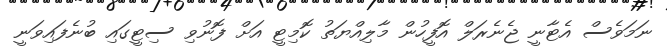
ނަމަވެސް އެޓާނީ ޖެނެރަލް އޮފީހުން މާލިއްޔަތު ކޮމިޓީ އަށް ފޮނުވި ސިޓީގައި ބުނެފައިވަނީ